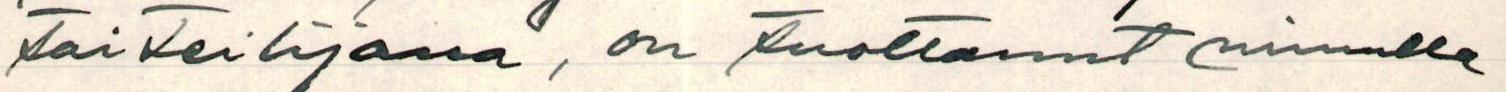
taiteilijana, on tuottanut minulle